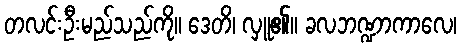
တလင်းဦးမည်သည်ကို။ ဒေတိ၊ လှူ၏။ ခလဘဏ္ဍာကာလေ၊